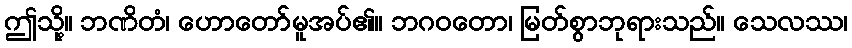
ဤသို့။ ဘဏိတံ၊ ဟောတော်မူအပ်၏။ ဘဂဝတော၊ မြတ်စွာဘုရားသည်။ သေလဿ၊